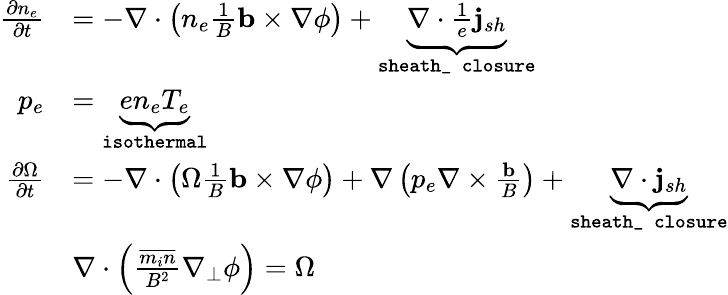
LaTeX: \begin{array}{rl}{\frac{\partial n_{e}}{\partial t}}&{=-\nabla\cdot\left(n_{e}\frac{1}{B}\mathbf{b}\times\nabla\phi\right)+\underbrace{\nabla\cdot{\frac{1}{e}\mathbf{j}_{sh}}}_{\texttt{sheath\_ closure}}}\\ {p_{e}}&{=\underbrace{en_{e}T_{e}}_{\texttt{isothermal}}}\\ {\frac{\partial\Omega}{\partial t}}&{=-\nabla\cdot\left(\Omega\frac{1}{B}\mathbf{b}\times\nabla\phi\right)+\nabla\left(p_{e}\nabla\times\frac{\mathbf{b}}{B}\right)+\underbrace{\nabla\cdot\mathbf{j}_{sh}}_{\texttt{sheath\_ closure}}}\\ &{\nabla\cdot\left(\frac{\overline{{m_{i}n}}}{B^{2}}\nabla_{\perp}\phi\right)=\Omega}\end{array}